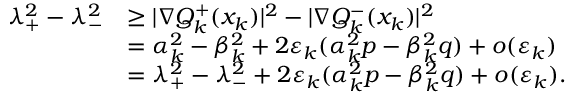
\begin{array} { r l } { \lambda _ { + } ^ { 2 } - \lambda _ { - } ^ { 2 } } & { \ge | \nabla Q _ { k } ^ { + } ( x _ { k } ) | ^ { 2 } - | \nabla Q _ { k } ^ { - } ( x _ { k } ) | ^ { 2 } } \\ & { = \alpha _ { k } ^ { 2 } - \beta _ { k } ^ { 2 } + 2 \varepsilon _ { k } ( \alpha _ { k } ^ { 2 } p - \beta _ { k } ^ { 2 } q ) + o ( \varepsilon _ { k } ) } \\ & { = \lambda _ { + } ^ { 2 } - \lambda _ { - } ^ { 2 } + 2 \varepsilon _ { k } ( \alpha _ { k } ^ { 2 } p - \beta _ { k } ^ { 2 } q ) + o ( \varepsilon _ { k } ) . } \end{array}